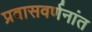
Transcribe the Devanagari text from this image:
प्रवासवर्णनांत